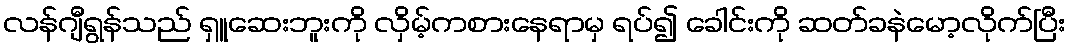
လန်ဂျီရွန်သည် ရှူဆေးဘူးကို လှိမ့်ကစားနေရာမှ ရပ်၍ ခေါင်းကို ဆတ်ခနဲမော့လိုက်ပြီး